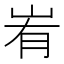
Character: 峟